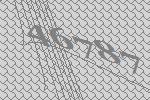
46787